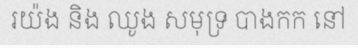
រយ៉ង និង ឈូង សមុទ្រ បាងកក នៅ